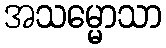
အသမ္မောသာ